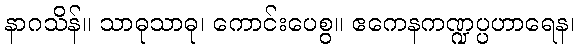
နာဂသိန်။ သာဓုသာဓု၊ ကောင်းပေစွ။ ဧကေနကဏ္ဍပ္ပဟာရေန၊